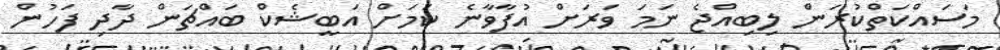
މަސައްކަތްކުރަން ލިބިއްޖެ ނަމަ ވަރަށް އުފާވާނެ ކަމަށް އަބީޝެކް ބައްޗަން ދާދި ފަހުން